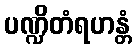
ပဏ္ဍိတံရဟန္တံ